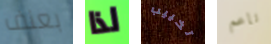
بعنف لذا تخييب ناعم